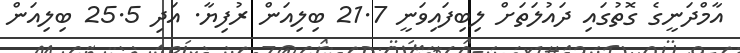
އާމްދަނީގެ ގޮތުގައި ދައުލަތަށް ލިބިފައިވަނީ 21.7 ބިލިއަން ރުފިޔާ. އަދި 25.5 ބިލިއަން